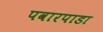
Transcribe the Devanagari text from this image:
पवारपाडा